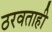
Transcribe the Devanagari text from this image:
ठरवताही